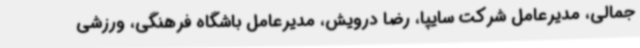
جمالی، مدیرعامل شرکت سایپا، رضا درویش، مدیرعامل باشگاه فرهنگی، ورزشی